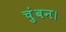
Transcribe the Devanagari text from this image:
चुंबन।